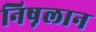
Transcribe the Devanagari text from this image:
निष़लान